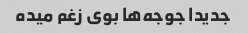
جدیدا جوجه‌ها بوی زغم میده